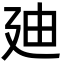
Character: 廸